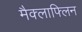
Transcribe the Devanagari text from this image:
मैक्लाफ्लिन